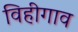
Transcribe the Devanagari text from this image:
विहीगाव